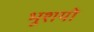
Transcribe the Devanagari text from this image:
भूशयो